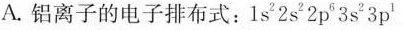
A.铝离子的电子排布式：1s^{2}2s^{2}2p^{6}3s^{2}3p^{1}